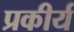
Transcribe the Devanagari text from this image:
प्रकीर्य